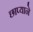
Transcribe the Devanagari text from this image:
छाप्याने